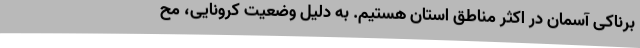
برناکی آسمان در اکثر مناطق استان هستیم. به دلیل وضعیت کرونایی، مح